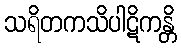
သရိတကသိပါဋိကန္တိ